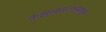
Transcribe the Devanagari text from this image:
कझाकस्तानपासून